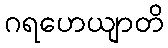
ဂရဟေယျာတိ